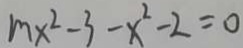
m x ^ { 2 } - 3 - x ^ { 2 } - 2 = 0